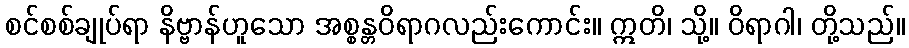
စင်စစ်ချုပ်ရာ နိဗ္ဗာန်ဟူသော အစ္စန္တဝိရာဂလည်းကောင်း။ ဣတိ၊ သို့။ ဝိရာဂါ၊ တို့သည်။